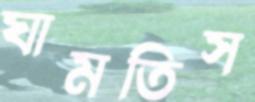
ঘামতিস